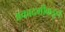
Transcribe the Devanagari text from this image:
अकादमीकडून